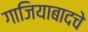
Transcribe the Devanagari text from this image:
गाजियाबादचे